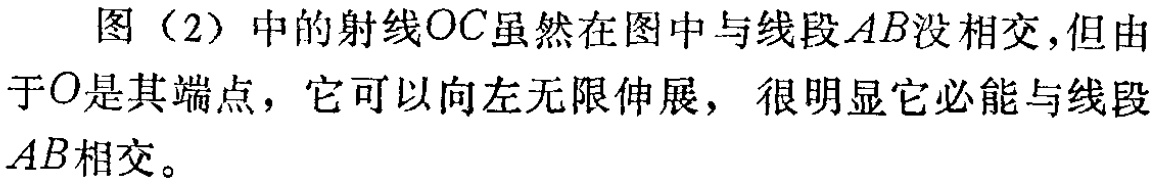
图（2）中的射线\(OC\)虽然在图中与线段\(AB\)没相交,但由于\(O\)是其端点，它可以向左无限伸展，很明显它必能与线段\(AB\)相交。